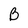
Character: B